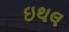
ઇથલ